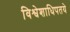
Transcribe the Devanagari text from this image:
विश्वेशाधिपतये